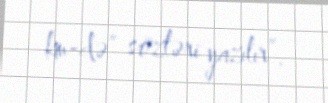
km-də” sözləri yazılır”.